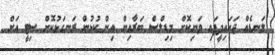
ލަނޑެއް ޖަހައިދީފައި ވަނިކޮށް މިޑިލްސް ބަަރާއިން އިން ކުޅުން ރަނގަޅުކޮށް ސިޓީ އަށް